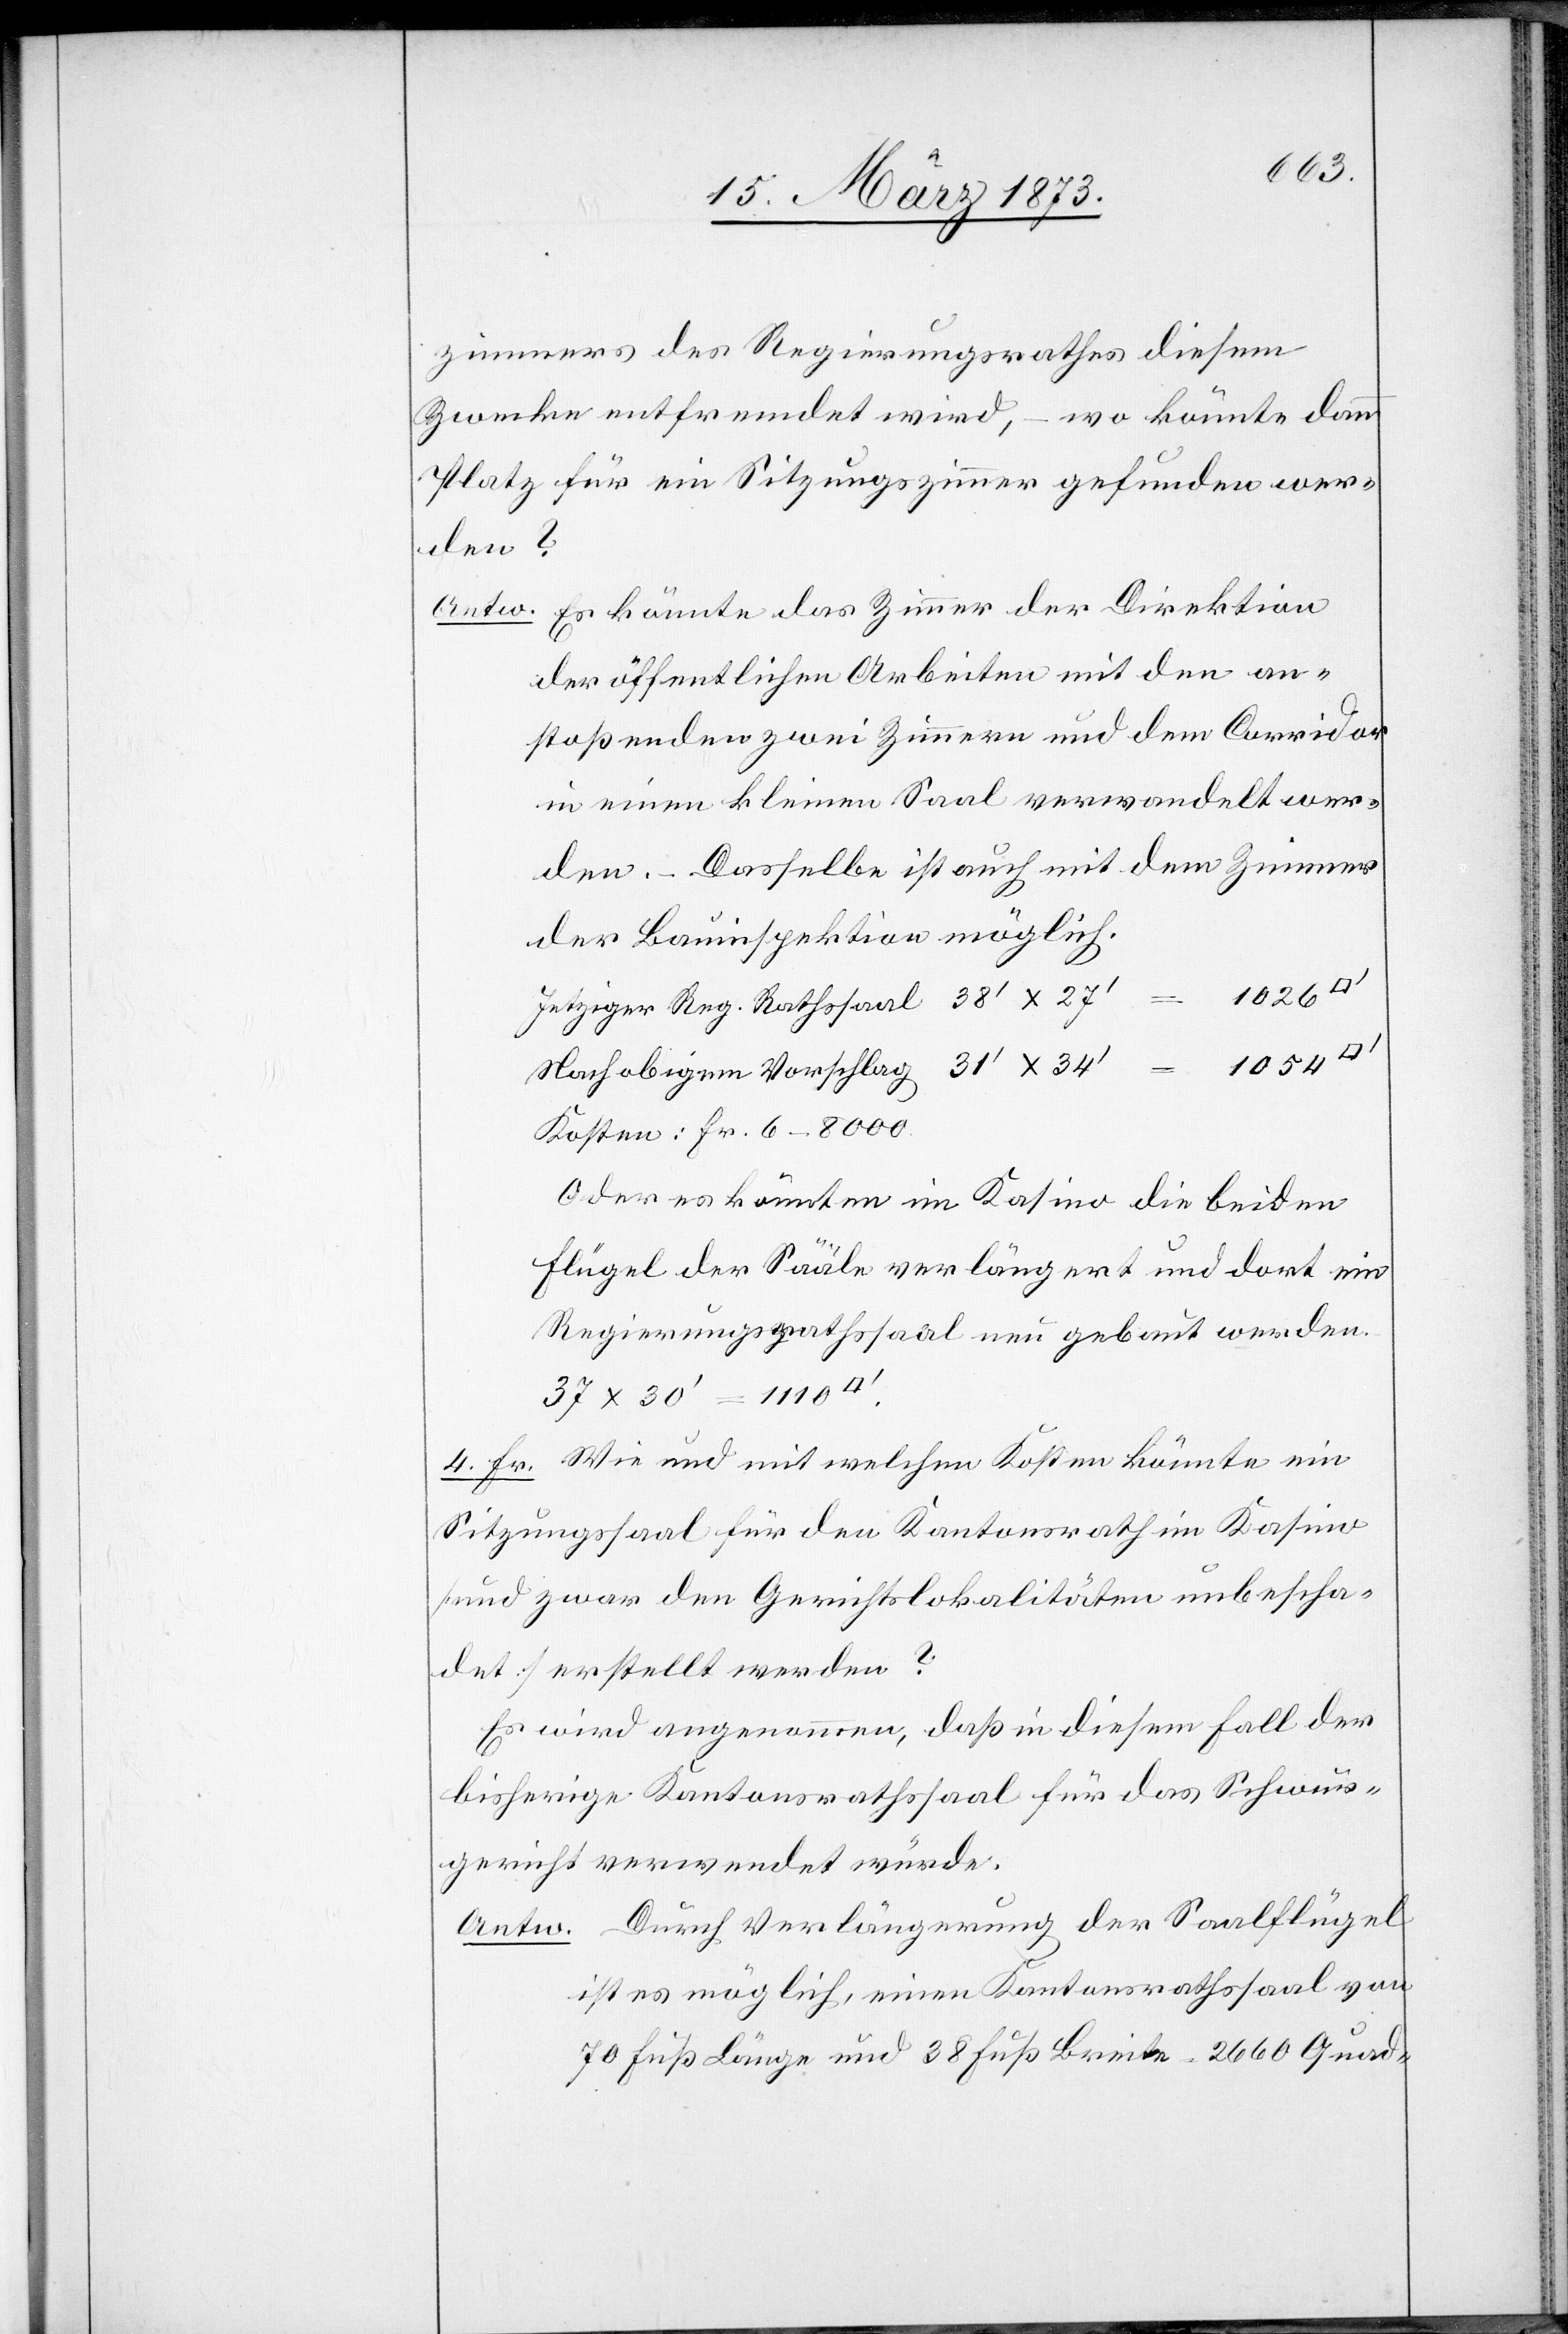
zimmers des Regierungsrathes diesem
Zwecke entfremdet wird, – wo könnte dann
Platz für ein Sitzungszimmer gefunden wer¬
den?
Antw. Es könnte das Zimmer der Direktion
der öffentlichen Arbeiten mit den an¬
stoßenden zwei Zimmern und dem Corridor
in einen kleinen Saal verwandelt wer¬
den. – Dasselbe ist auch mit dem Zimmer
der Bauinspektion möglich.
Jetziger Reg. Rathssaal 38’ x 27’
1054
Nach obigem Vorschlag 31’ x 34’
Kosten: Fr. 6–8000.
Oder es könnten im Kasino die beiden
Flügel der Sääle verlängert und dort ein
Regierungsrathssaal neu gebaut werden.
37 x 30’ = 1110
4. Fr. Wie und mit welchen Kosten könnte ein
Sitzungssaal für den Kantonsrath im Kasino
[und zwar den Gerichtslokalitäten unbescha¬
det] erstellt werden?
Es wird angenommen, daß in diesem Fall der
bisherige Kantonsrathssaal für das Schwur¬
gericht verwendet würde.
Antw. Durch Verlängerung der Saalflügel
ist es möglich, einen Kantonsrathssaal von
70 Fuß Länge und 38 Fuß Breite, 2660 Quad-